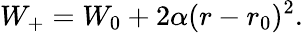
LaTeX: W_{+}=W_{0}+2\alpha(r-r_{0})^{2}.